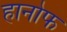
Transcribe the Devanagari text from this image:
हानोफ